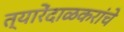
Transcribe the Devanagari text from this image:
त्यारेंदाळकरांचे